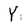
Character: Y